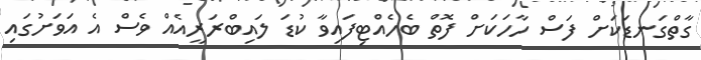
ގާތްގަނޑަކަށް ފަސް ހާހަކަށް ފޮތް ބެހެއްޓިފައިވާ ކުޑަ ލައިބްރަރީއެއް ވެސް އެ އަވަށުގައި